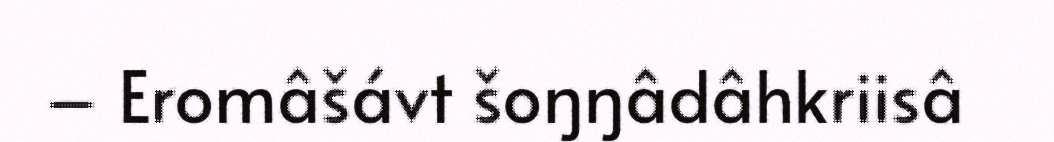
– Eromâšávt šoŋŋâdâhkriisâ